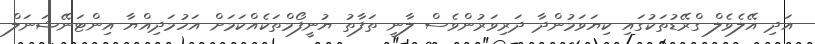
އަދި އޭލެވެލް ގްރޭޑުތަކުގައި ކިޔަވަމުންދާ ދަރިވަރުންވެސް ލާނީ ތަފާތު ޔުނީފޯމްތަކެއްކަމަށް އަހުމަދިއްޔާ އިންޓަނޭޝަނަލް